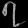
Digit: ၇